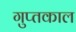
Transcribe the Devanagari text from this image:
गुप्‍तकाल